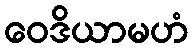
ဝေဒိယာမဟံ